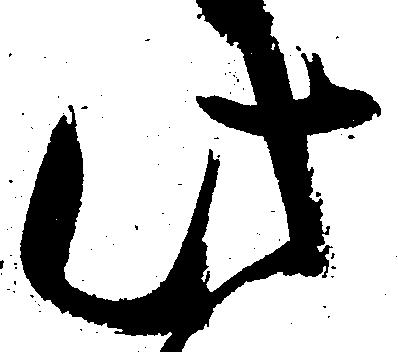
此